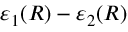
\varepsilon _ { 1 } ( R ) - \varepsilon _ { 2 } ( R )